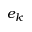
e _ { k }